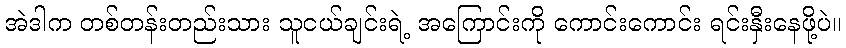
အဲဒါက တစ်တန်းတည်းသား သူငယ်ချင်းရဲ့ အကြောင်းကို ကောင်းကောင်း ရင်းနှီးနေဖို့ပဲ။